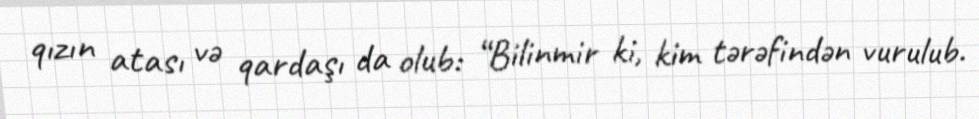
qızın atası və qardaşı da olub: “Bilinmir ki, kim tərəfindən vurulub.